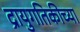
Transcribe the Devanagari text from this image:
द्रायुगतिकीच्या